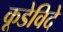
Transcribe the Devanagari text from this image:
कूडेविदे